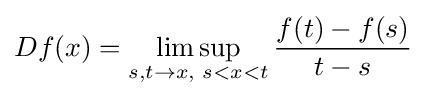
Df(x)=\limsup _{s,t\rightarrow x,\,\,s<x<t}{f(t)-f(s) \over t-s}